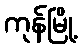
ကုန်မြို့